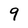
Character: 9